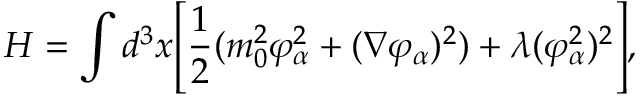
H = \int d ^ { 3 } x \Biggl [ { \frac { 1 } { 2 } } ( m _ { 0 } ^ { 2 } \varphi _ { \alpha } ^ { 2 } + ( \nabla \varphi _ { \alpha } ) ^ { 2 } ) + \lambda ( \varphi _ { \alpha } ^ { 2 } ) ^ { 2 } \Biggr ] , \,